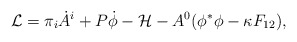
\begin{align*}{\cal L} = \pi_i \dot{A}^i + P \dot{\phi} - {\cal H} - A^0 (\phi^* \phi - \kappa F_{12} ),\end{align*}